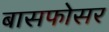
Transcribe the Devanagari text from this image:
बासफोसर